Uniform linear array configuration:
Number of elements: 32
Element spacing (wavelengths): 0.25
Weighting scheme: binomial
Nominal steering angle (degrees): -45
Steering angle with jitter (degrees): -43.888
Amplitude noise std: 0.05
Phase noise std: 0.05

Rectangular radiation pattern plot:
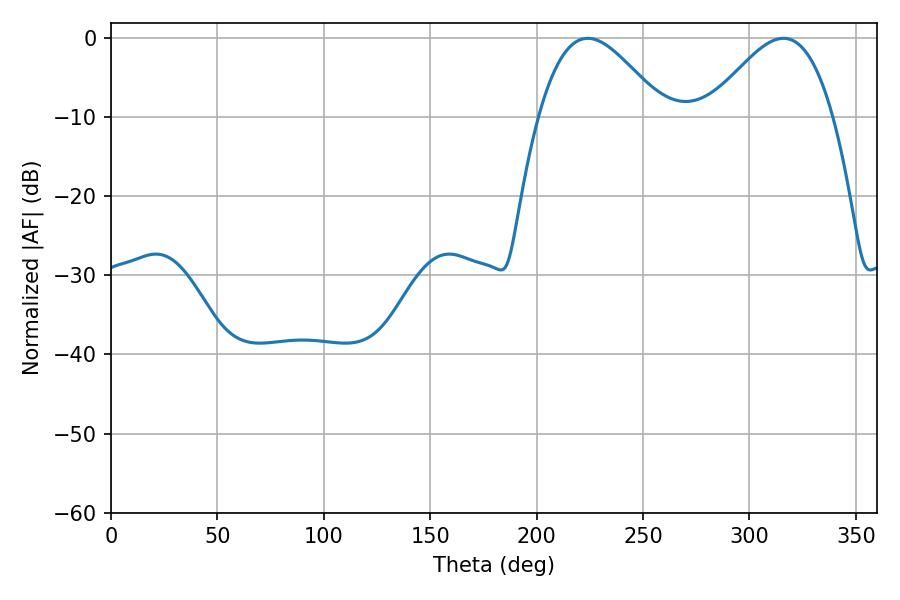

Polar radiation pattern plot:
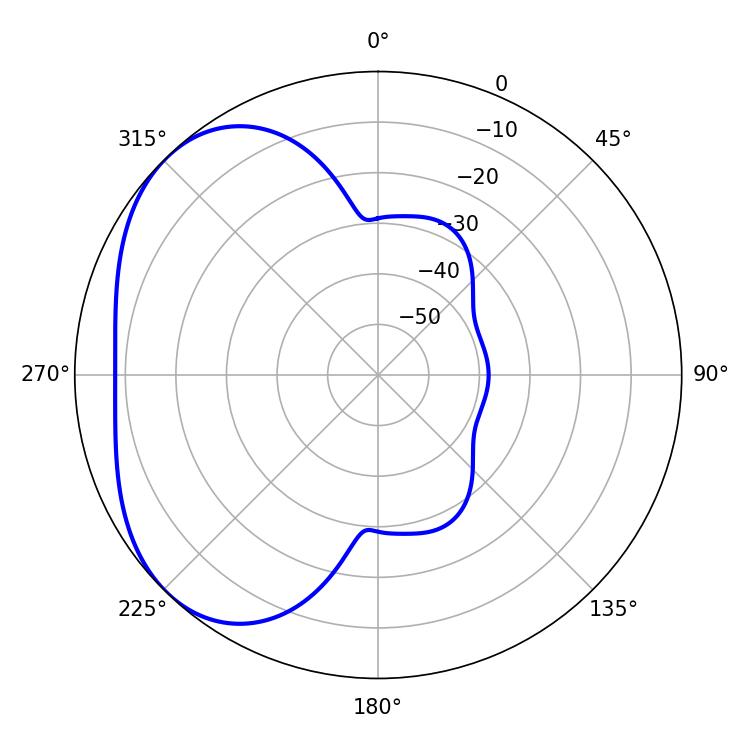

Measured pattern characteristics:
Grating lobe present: FALSE
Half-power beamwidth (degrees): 31.32
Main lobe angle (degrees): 224.1